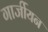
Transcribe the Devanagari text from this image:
गार्जीयन